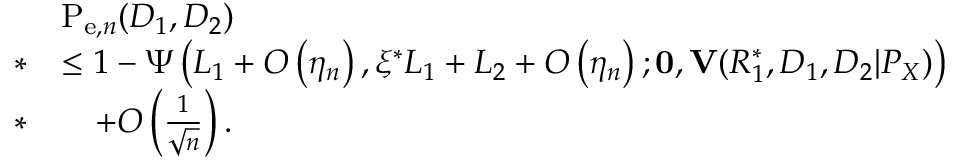
\begin{array} { r l } & { \mathrm { P } _ { \mathrm { e } , n } ( D _ { 1 } , D _ { 2 } ) } \\ { * } & { \leq 1 - \Psi \left( L _ { 1 } + O \left( \eta _ { n } \right) , \xi ^ { * } L _ { 1 } + L _ { 2 } + O \left( \eta _ { n } \right) ; \mathbf { 0 } , \mathbf { V } ( R _ { 1 } ^ { * } , D _ { 1 } , D _ { 2 } | P _ { X } ) \right) } \\ { * } & { \quad + O \left( \frac { 1 } { \sqrt { n } } \right) . } \end{array}